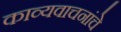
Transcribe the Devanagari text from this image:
काव्यवाचनांचे